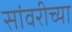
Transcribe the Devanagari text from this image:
सांवरीच्या